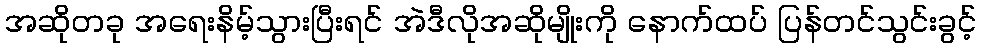
အဆိုတခု အရေးနိမ့်သွားပြီးရင် အဲဒီလိုအဆိုမျိုးကို နောက်ထပ် ပြန်တင်သွင်းခွင့်